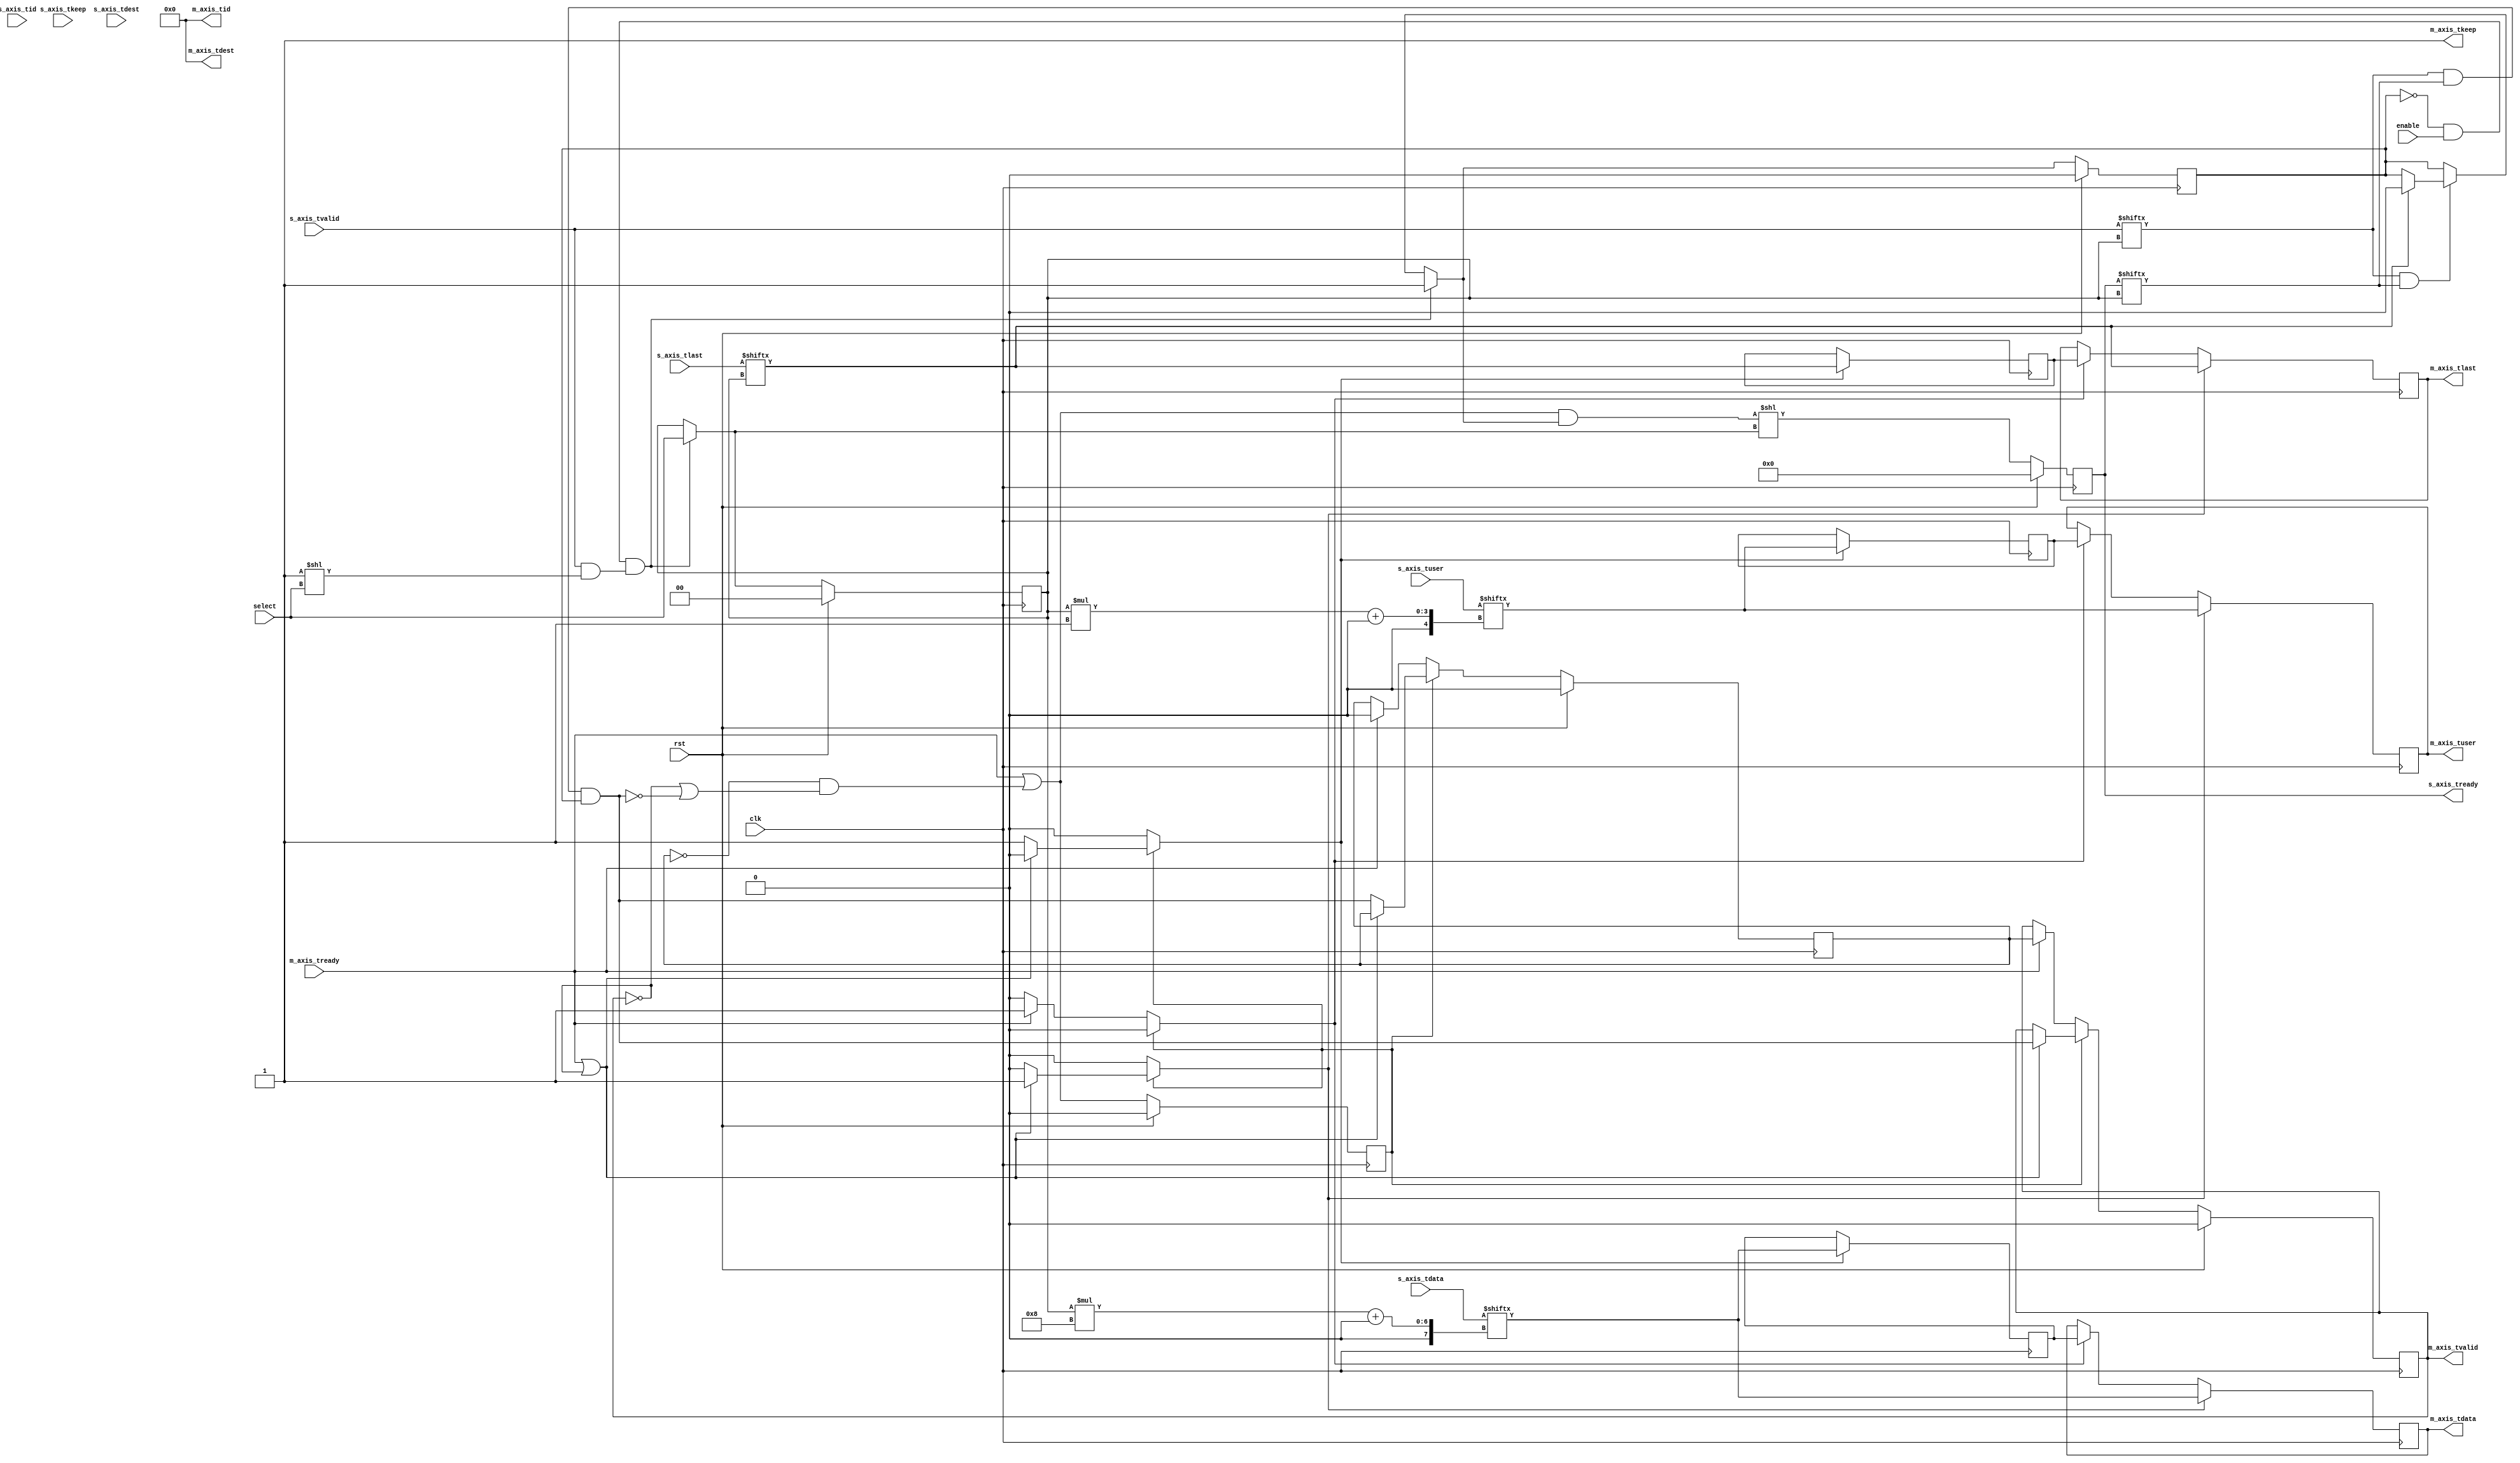
/*

Copyright (c) 2014-2018 Alex Forencich

Permission is hereby granted, free of charge, to any person obtaining a copy
of this software and associated documentation files (the "Software"), to deal
in the Software without restriction, including without limitation the rights
to use, copy, modify, merge, publish, distribute, sublicense, and/or sell
copies of the Software, and to permit persons to whom the Software is
furnished to do so, subject to the following conditions:

The above copyright notice and this permission notice shall be included in
all copies or substantial portions of the Software.

THE SOFTWARE IS PROVIDED "AS IS", WITHOUT WARRANTY OF ANY KIND, EXPRESS OR
IMPLIED, INCLUDING BUT NOT LIMITED TO THE WARRANTIES OF MERCHANTABILITY
FITNESS FOR A PARTICULAR PURPOSE AND NONINFRINGEMENT. IN NO EVENT SHALL THE
AUTHORS OR COPYRIGHT HOLDERS BE LIABLE FOR ANY CLAIM, DAMAGES OR OTHER
LIABILITY, WHETHER IN AN ACTION OF CONTRACT, TORT OR OTHERWISE, ARISING FROM,
OUT OF OR IN CONNECTION WITH THE SOFTWARE OR THE USE OR OTHER DEALINGS IN
THE SOFTWARE.

*/

// Language: Verilog 2001

`resetall
`timescale 1ns / 1ps
`default_nettype none

/*
 * AXI4-Stream multiplexer
 */
module axis_mux #
(
    // Number of AXI stream inputs
    parameter S_COUNT = 4,
    // Width of AXI stream interfaces in bits
    parameter DATA_WIDTH = 8,
    // Propagate tkeep signal
    parameter KEEP_ENABLE = (DATA_WIDTH>8),
    // tkeep signal width (words per cycle)
    parameter KEEP_WIDTH = ((DATA_WIDTH+7)/8),
    // Propagate tid signal
    parameter ID_ENABLE = 0,
    // tid signal width
    parameter ID_WIDTH = 8,
    // Propagate tdest signal
    parameter DEST_ENABLE = 0,
    // tdest signal width
    parameter DEST_WIDTH = 8,
    // Propagate tuser signal
    parameter USER_ENABLE = 1,
    // tuser signal width
    parameter USER_WIDTH = 1
)
(
    input  wire                          clk,
    input  wire                          rst,

    /*
     * AXI inputs
     */
    input  wire [S_COUNT*DATA_WIDTH-1:0] s_axis_tdata,
    input  wire [S_COUNT*KEEP_WIDTH-1:0] s_axis_tkeep,
    input  wire [S_COUNT-1:0]            s_axis_tvalid,
    output wire [S_COUNT-1:0]            s_axis_tready,
    input  wire [S_COUNT-1:0]            s_axis_tlast,
    input  wire [S_COUNT*ID_WIDTH-1:0]   s_axis_tid,
    input  wire [S_COUNT*DEST_WIDTH-1:0] s_axis_tdest,
    input  wire [S_COUNT*USER_WIDTH-1:0] s_axis_tuser,

    /*
     * AXI output
     */
    output wire [DATA_WIDTH-1:0]         m_axis_tdata,
    output wire [KEEP_WIDTH-1:0]         m_axis_tkeep,
    output wire                          m_axis_tvalid,
    input  wire                          m_axis_tready,
    output wire                          m_axis_tlast,
    output wire [ID_WIDTH-1:0]           m_axis_tid,
    output wire [DEST_WIDTH-1:0]         m_axis_tdest,
    output wire [USER_WIDTH-1:0]         m_axis_tuser,

    /*
     * Control
     */
    input  wire                          enable,
    input  wire [$clog2(S_COUNT)-1:0]    select
);

parameter CL_S_COUNT = $clog2(S_COUNT);

reg [CL_S_COUNT-1:0] select_reg = 2'd0, select_next;
reg frame_reg = 1'b0, frame_next;

reg [S_COUNT-1:0] s_axis_tready_reg = 0, s_axis_tready_next;

// internal datapath
reg  [DATA_WIDTH-1:0] m_axis_tdata_int;
reg  [KEEP_WIDTH-1:0] m_axis_tkeep_int;
reg                   m_axis_tvalid_int;
reg                   m_axis_tready_int_reg = 1'b0;
reg                   m_axis_tlast_int;
reg  [ID_WIDTH-1:0]   m_axis_tid_int;
reg  [DEST_WIDTH-1:0] m_axis_tdest_int;
reg  [USER_WIDTH-1:0] m_axis_tuser_int;
wire                  m_axis_tready_int_early;

assign s_axis_tready = s_axis_tready_reg;

// mux for incoming packet
wire [DATA_WIDTH-1:0] current_s_tdata  = s_axis_tdata[select_reg*DATA_WIDTH +: DATA_WIDTH];
wire [KEEP_WIDTH-1:0] current_s_tkeep  = s_axis_tkeep[select_reg*KEEP_WIDTH +: KEEP_WIDTH];
wire                  current_s_tvalid = s_axis_tvalid[select_reg];
wire                  current_s_tready = s_axis_tready[select_reg];
wire                  current_s_tlast  = s_axis_tlast[select_reg];
wire [ID_WIDTH-1:0]   current_s_tid    = s_axis_tid[select_reg*ID_WIDTH +: ID_WIDTH];
wire [DEST_WIDTH-1:0] current_s_tdest  = s_axis_tdest[select_reg*DEST_WIDTH +: DEST_WIDTH];
wire [USER_WIDTH-1:0] current_s_tuser  = s_axis_tuser[select_reg*USER_WIDTH +: USER_WIDTH];

always @* begin
    select_next = select_reg;
    frame_next = frame_reg;

    s_axis_tready_next = 0;

    if (current_s_tvalid & current_s_tready) begin
        // end of frame detection
        if (current_s_tlast) begin
            frame_next = 1'b0;
        end
    end

    if (!frame_reg && enable && (s_axis_tvalid & (1 << select))) begin
        // start of frame, grab select value
        frame_next = 1'b1;
        select_next = select;
    end

    // generate ready signal on selected port
    s_axis_tready_next = (m_axis_tready_int_early && frame_next) << select_next;

    // pass through selected packet data
    m_axis_tdata_int  = current_s_tdata;
    m_axis_tkeep_int  = current_s_tkeep;
    m_axis_tvalid_int = current_s_tvalid && current_s_tready && frame_reg;
    m_axis_tlast_int  = current_s_tlast;
    m_axis_tid_int    = current_s_tid;
    m_axis_tdest_int  = current_s_tdest;
    m_axis_tuser_int  = current_s_tuser;
end

always @(posedge clk) begin
    if (rst) begin
        select_reg <= 0;
        frame_reg <= 1'b0;
        s_axis_tready_reg <= 0;
    end else begin
        select_reg <= select_next;
        frame_reg <= frame_next;
        s_axis_tready_reg <= s_axis_tready_next;
    end
end

// output datapath logic
reg [DATA_WIDTH-1:0] m_axis_tdata_reg  = {DATA_WIDTH{1'b0}};
reg [KEEP_WIDTH-1:0] m_axis_tkeep_reg  = {KEEP_WIDTH{1'b0}};
reg                  m_axis_tvalid_reg = 1'b0, m_axis_tvalid_next;
reg                  m_axis_tlast_reg  = 1'b0;
reg [ID_WIDTH-1:0]   m_axis_tid_reg    = {ID_WIDTH{1'b0}};
reg [DEST_WIDTH-1:0] m_axis_tdest_reg  = {DEST_WIDTH{1'b0}};
reg [USER_WIDTH-1:0] m_axis_tuser_reg  = {USER_WIDTH{1'b0}};

reg [DATA_WIDTH-1:0] temp_m_axis_tdata_reg  = {DATA_WIDTH{1'b0}};
reg [KEEP_WIDTH-1:0] temp_m_axis_tkeep_reg  = {KEEP_WIDTH{1'b0}};
reg                  temp_m_axis_tvalid_reg = 1'b0, temp_m_axis_tvalid_next;
reg                  temp_m_axis_tlast_reg  = 1'b0;
reg [ID_WIDTH-1:0]   temp_m_axis_tid_reg    = {ID_WIDTH{1'b0}};
reg [DEST_WIDTH-1:0] temp_m_axis_tdest_reg  = {DEST_WIDTH{1'b0}};
reg [USER_WIDTH-1:0] temp_m_axis_tuser_reg  = {USER_WIDTH{1'b0}};

// datapath control
reg store_axis_int_to_output;
reg store_axis_int_to_temp;
reg store_axis_temp_to_output;

assign m_axis_tdata  = m_axis_tdata_reg;
assign m_axis_tkeep  = KEEP_ENABLE ? m_axis_tkeep_reg : {KEEP_WIDTH{1'b1}};
assign m_axis_tvalid = m_axis_tvalid_reg;
assign m_axis_tlast  = m_axis_tlast_reg;
assign m_axis_tid    = ID_ENABLE   ? m_axis_tid_reg   : {ID_WIDTH{1'b0}};
assign m_axis_tdest  = DEST_ENABLE ? m_axis_tdest_reg : {DEST_WIDTH{1'b0}};
assign m_axis_tuser  = USER_ENABLE ? m_axis_tuser_reg : {USER_WIDTH{1'b0}};

// enable ready input next cycle if output is ready or the temp reg will not be filled on the next cycle (output reg empty or no input)
assign m_axis_tready_int_early = m_axis_tready || (!temp_m_axis_tvalid_reg && (!m_axis_tvalid_reg || !m_axis_tvalid_int));

always @* begin
    // transfer sink ready state to source
    m_axis_tvalid_next = m_axis_tvalid_reg;
    temp_m_axis_tvalid_next = temp_m_axis_tvalid_reg;

    store_axis_int_to_output = 1'b0;
    store_axis_int_to_temp = 1'b0;
    store_axis_temp_to_output = 1'b0;

    if (m_axis_tready_int_reg) begin
        // input is ready
        if (m_axis_tready || !m_axis_tvalid_reg) begin
            // output is ready or currently not valid, transfer data to output
            m_axis_tvalid_next = m_axis_tvalid_int;
            store_axis_int_to_output = 1'b1;
        end else begin
            // output is not ready, store input in temp
            temp_m_axis_tvalid_next = m_axis_tvalid_int;
            store_axis_int_to_temp = 1'b1;
        end
    end else if (m_axis_tready) begin
        // input is not ready, but output is ready
        m_axis_tvalid_next = temp_m_axis_tvalid_reg;
        temp_m_axis_tvalid_next = 1'b0;
        store_axis_temp_to_output = 1'b1;
    end
end

always @(posedge clk) begin
    if (rst) begin
        m_axis_tvalid_reg <= 1'b0;
        m_axis_tready_int_reg <= 1'b0;
        temp_m_axis_tvalid_reg <= 1'b0;
    end else begin
        m_axis_tvalid_reg <= m_axis_tvalid_next;
        m_axis_tready_int_reg <= m_axis_tready_int_early;
        temp_m_axis_tvalid_reg <= temp_m_axis_tvalid_next;
    end

    // datapath
    if (store_axis_int_to_output) begin
        m_axis_tdata_reg <= m_axis_tdata_int;
        m_axis_tkeep_reg <= m_axis_tkeep_int;
        m_axis_tlast_reg <= m_axis_tlast_int;
        m_axis_tid_reg   <= m_axis_tid_int;
        m_axis_tdest_reg <= m_axis_tdest_int;
        m_axis_tuser_reg <= m_axis_tuser_int;
    end else if (store_axis_temp_to_output) begin
        m_axis_tdata_reg <= temp_m_axis_tdata_reg;
        m_axis_tkeep_reg <= temp_m_axis_tkeep_reg;
        m_axis_tlast_reg <= temp_m_axis_tlast_reg;
        m_axis_tid_reg   <= temp_m_axis_tid_reg;
        m_axis_tdest_reg <= temp_m_axis_tdest_reg;
        m_axis_tuser_reg <= temp_m_axis_tuser_reg;
    end

    if (store_axis_int_to_temp) begin
        temp_m_axis_tdata_reg <= m_axis_tdata_int;
        temp_m_axis_tkeep_reg <= m_axis_tkeep_int;
        temp_m_axis_tlast_reg <= m_axis_tlast_int;
        temp_m_axis_tid_reg   <= m_axis_tid_int;
        temp_m_axis_tdest_reg <= m_axis_tdest_int;
        temp_m_axis_tuser_reg <= m_axis_tuser_int;
    end
end

endmodule

`resetall